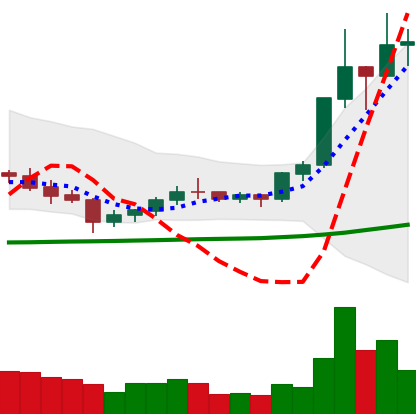
Ticker: XLM-USD
Chart end date: 2020-07-12
Forward return: 9.386%
Label: up_7plus